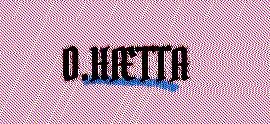
O.HÆTTA